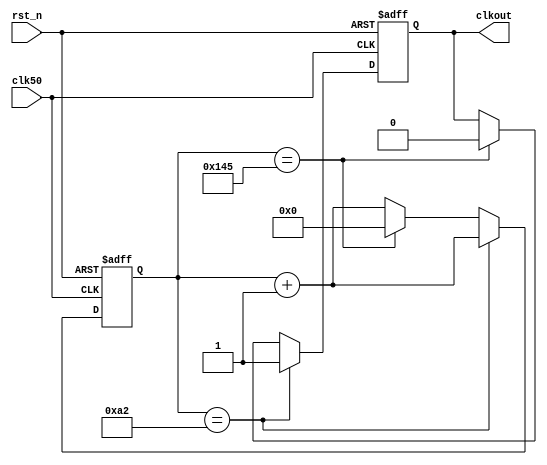
module clkdiv(
    input clk50,
    input rst_n,
    output reg clkout
);
    reg [15:0] cnt;
    always @(posedge clk50 or negedge rst_n)
    begin
        if(!rst_n)
        begin
            cnt <= 16'b0;
            clkout <= 1'b0;
        end
        else if(cnt == 16'd162) 
        begin
            clkout <= 1'b1;
            cnt <= cnt + 16'd1;
        end
            else if(cnt == 16'd325) 
        begin
            clkout <= 1'b0;
            cnt <= 16'd0;
        end
            else 
        begin
            cnt <= cnt + 16'd1;
        end
    end
endmodule



// module des_sample (
//     input            clk,
//     input            rst,
//     output reg [7:0] nums
// );

//     always @(posedge clk or negedge rst) begin
//         if (!rst) begin
//             nums = 8'h00;
//         end else begin
//             nums = nums + 1;
//         end
//     end

// endmodule